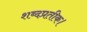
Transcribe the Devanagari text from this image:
शब्दप्रतीक।